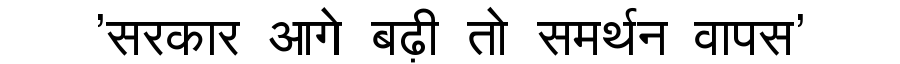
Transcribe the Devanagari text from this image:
'सरकार आगे बढ़ी तो समर्थन वापस'